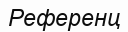
Референц